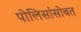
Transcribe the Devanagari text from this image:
पोलिसांसोबत